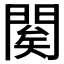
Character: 𨴱